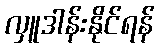
လှူဒါန်းနိုင်ရန်